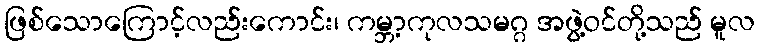
ဖြစ်သောကြောင့်လည်းကောင်း၊ ကမ္ဘာ့ကုလသမဂ္ဂ အဖွဲ့ဝင်တို့သည် မူလ